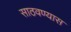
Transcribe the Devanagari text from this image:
साठवण्यास